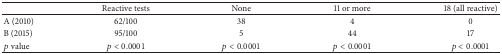
<table><thead><tr><td><b> </b></td><td><b>Reactive tests</b></td><td><b>None</b></td><td><b>11 or more</b></td><td><b>18 (all reactive)</b></td></tr></thead><tbody><tr><td> A (2010)</td><td>62/100</td><td>38</td><td>4</td><td>0</td></tr><tr><td> B (2015)</td><td>95/100</td><td>5</td><td>44</td><td>17</td></tr><tr><td><i>p</i> value</td><td><i>p</i> &lt; 0.0001</td><td><i>p</i> &lt; 0.0001</td><td><i>p</i> &lt; 0.0001</td><td><i>p</i> &lt; 0.0001</td></tr></tbody></table>